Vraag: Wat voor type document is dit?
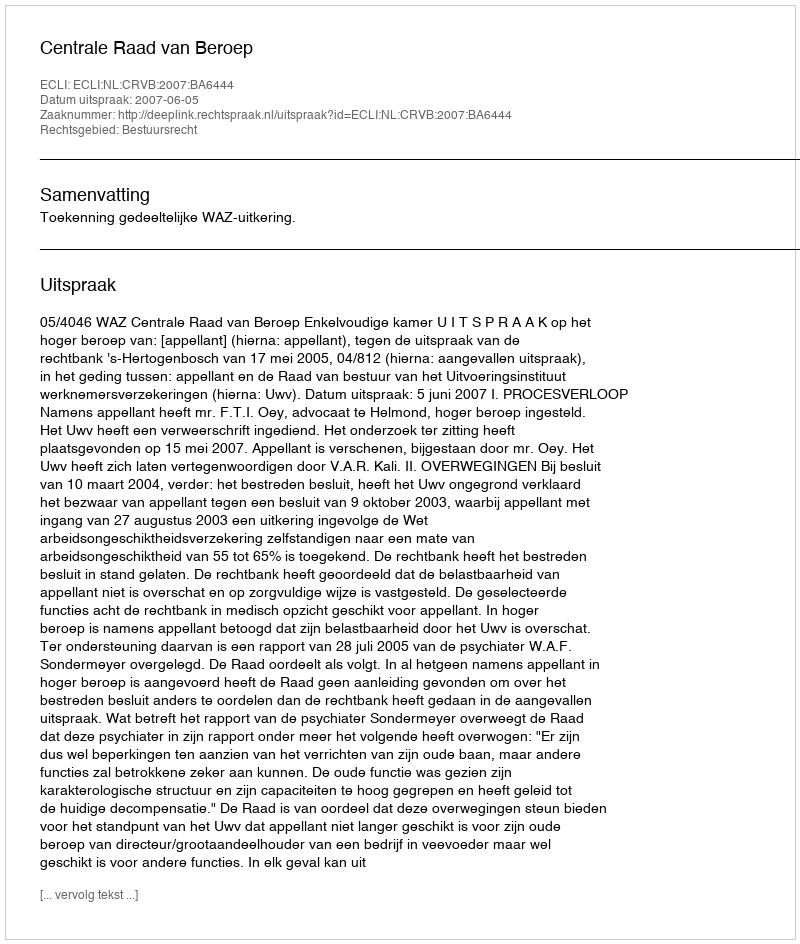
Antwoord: Uitspraak